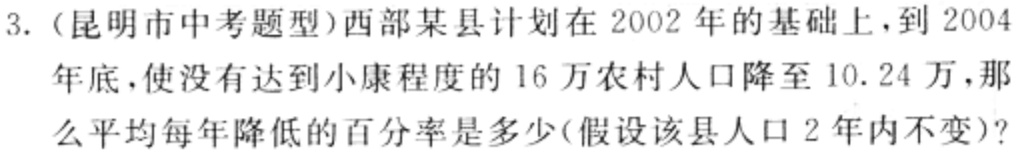
3.（昆明市中考题型）西部某县计划在2002年的基础上，到2004年底，使没有达到小康程度的16万农村人口降至10.24万，那么平均每年降低的百分率是多少(假设该县人口2年内不变)?